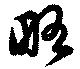
略